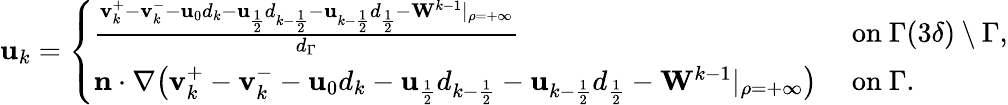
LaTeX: \begin{array}{r}{\mathbf{u}_{k}=\left\{ \begin{array}{ll}{\frac{\mathbf{v}_{k}^{+}-\mathbf{v}_{k}^{-}-\mathbf{u}_{0}d_{k}-\mathbf{u}_{\frac{1}{2}}d_{k-\frac{1}{2}}-\mathbf{u}_{k-\frac{1}{2}}d_{\frac{1}{2}}-\mathbf{W}^{k-1}|_{\rho=+\infty}}{d_{\Gamma}}}&{\ \mathrm{on~}\Gamma(3\delta)\setminus\Gamma,}\\ {\mathbf{n}\cdot\nabla\big(\mathbf{v}_{k}^{+}-\mathbf{v}_{k}^{-}-\mathbf{u}_{0}d_{k}-\mathbf{u}_{\frac{1}{2}}d_{k-\frac{1}{2}}-\mathbf{u}_{k-\frac{1}{2}}d_{\frac{1}{2}}-\mathbf{W}^{k-1}|_{\rho=+\infty}\big)}&{\ \mathrm{on~}\Gamma.}\end{array}\right.}\end{array}